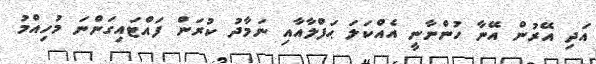
އަދި އޭރުން އޭނާ ހުންނާނީ އެއްކަލަ ޙަފްލާއާއި ނަމާދު ކުރަން ފައްޓައިގަންނަ މުހިއްމު